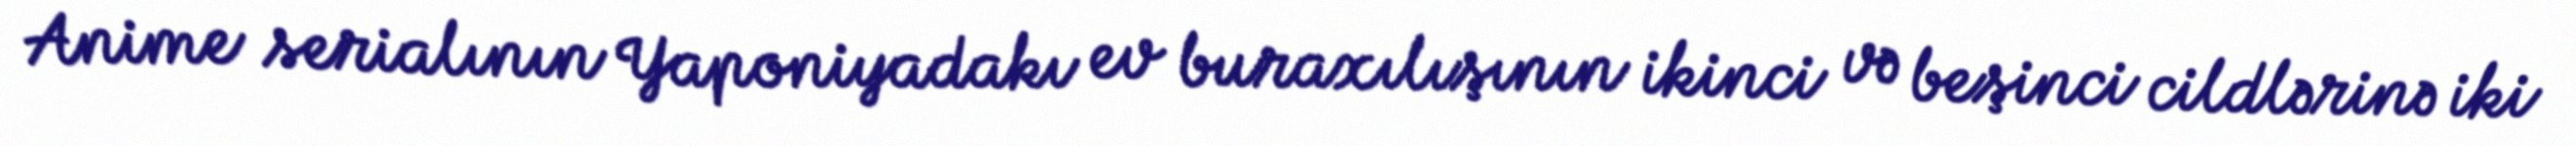
Anime serialının Yaponiyadakı ev buraxılışının ikinci və beşinci cildlərinə iki